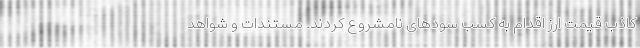
کاذب قیمت ارز اقدام به کسب سود‌های نامشروع کردند. مستندات و شواهد